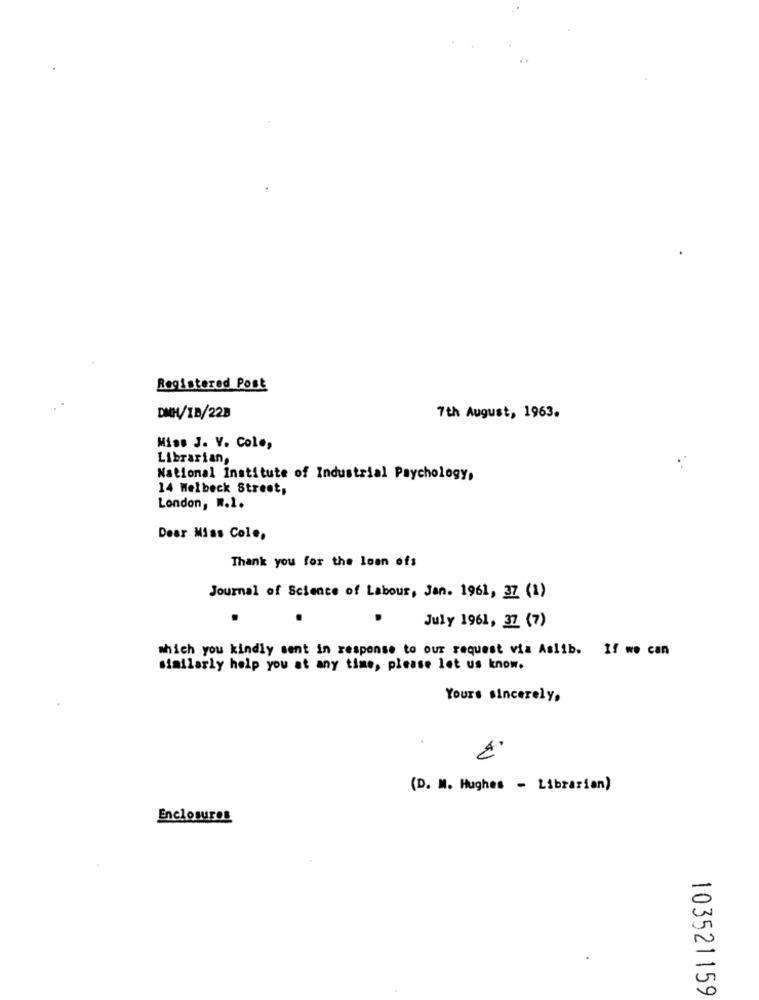
Registered Post
DMH/1B/22B
7th August, 1963.
Miss J. V. Col .,
Librarian,
..
National Institute of Industrial Psychology,
14 Welbeck Street,
London, W.1.
Dear Miss Cole,
Thank you for the loan ofs
Journal of Science of Labour, Jan. 1961, 37 (1)
July 1961, 37 (7)
which you kindly sent in response to our request via Aslib. If we can
similarly help you at any time, please let us know.
Yours sincerely,
(D. M. Hughes - Librarian)
Enclosures
103521159